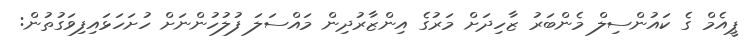
ޕީއެމް ގެ ކައުންސިލް މެންބަރު ޒާހިދަށް މަރުގެ އިންޒާރުދިން މައްސަލަ ފުލުހުންނަށް ހުށަހަޅައިފިވަގުތުން: